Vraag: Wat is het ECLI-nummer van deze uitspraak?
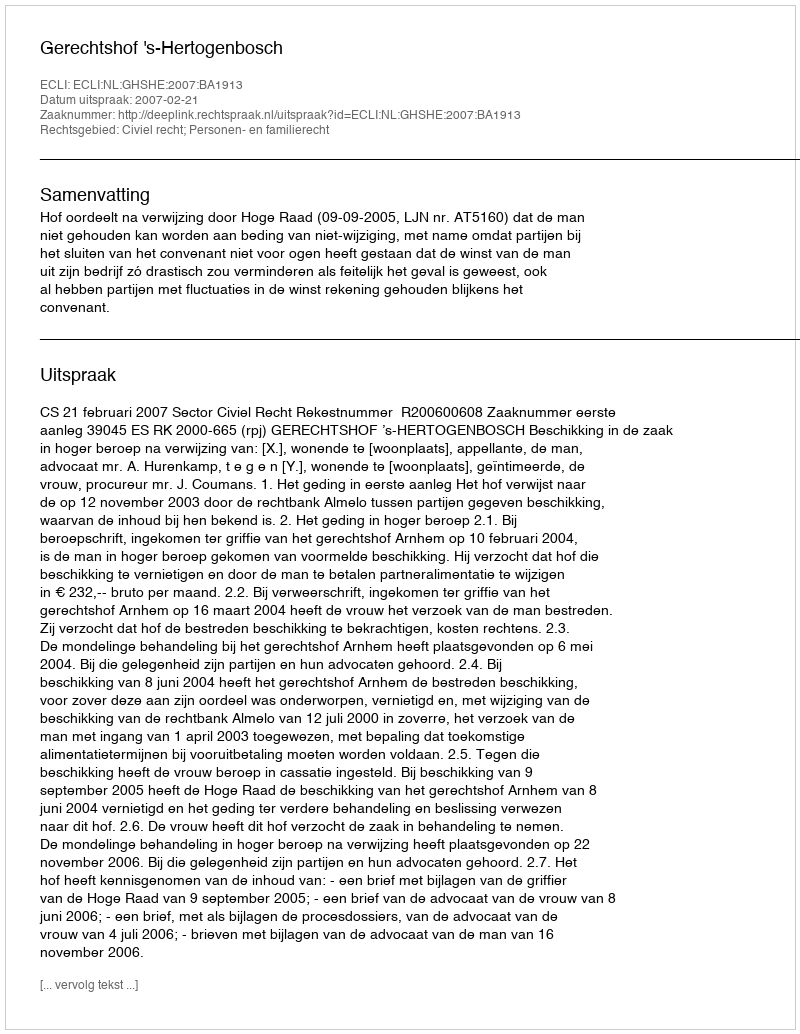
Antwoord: ECLI:NL:GHSHE:2007:BA1913